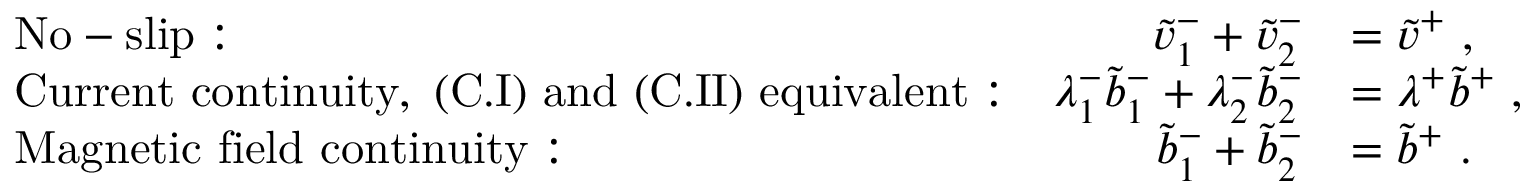
\begin{array} { r l r l } & { \mathrm { N o - s l i p : } } & { \tilde { v } _ { 1 } ^ { - } + \tilde { v } _ { 2 } ^ { - } } & { = \tilde { v } ^ { + } ~ , } \\ & { \mathrm { C u r r e n t ~ c o n t i n u i t y , ~ ( C . I ) ~ a n d ~ ( C . I I ) ~ e q u i v a l e n t : } } & { \lambda _ { 1 } ^ { - } \tilde { b } _ { 1 } ^ { - } + \lambda _ { 2 } ^ { - } \tilde { b } _ { 2 } ^ { - } } & { = \lambda ^ { + } \tilde { b } ^ { + } ~ , } \\ & { \mathrm { M a g n e t i c ~ f i e l d ~ c o n t i n u i t y : } } & { \tilde { b } _ { 1 } ^ { - } + \tilde { b } _ { 2 } ^ { - } } & { = \tilde { b } ^ { + } ~ . } \end{array}